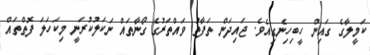
ކަމީލާގެ ގައިން ހީބިހިނެގިއެވެ. ޖައިދަން ތަފާތު ވައްތަރުގެ ގޯނާތައް ނަކަލުކުރަނީ މިކަހަލަ ފޮތްތައް